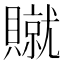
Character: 𫎢